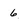
Character: 6